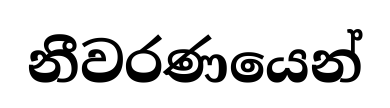
නීවරණයෙන්